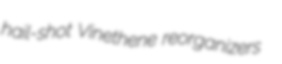
hail-shot Vinethene reorganizers